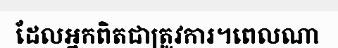
ដែលអ្នកពិតជាត្រូវការ។ពេលណា